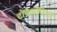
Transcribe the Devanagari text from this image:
टोबैकोनिस्टों